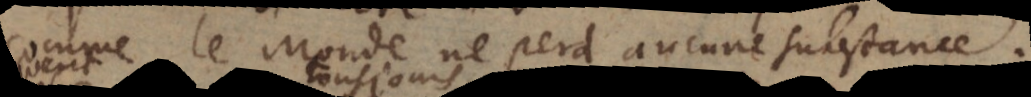
comme le Monde ne perd aucune substance.